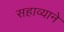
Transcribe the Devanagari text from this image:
सहाव्याने